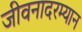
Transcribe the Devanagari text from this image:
जीवनादरम्यान